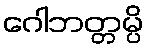
ဂေါဘတ္တမ္ပိ